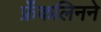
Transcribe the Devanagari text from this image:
फ्रँकलिनने